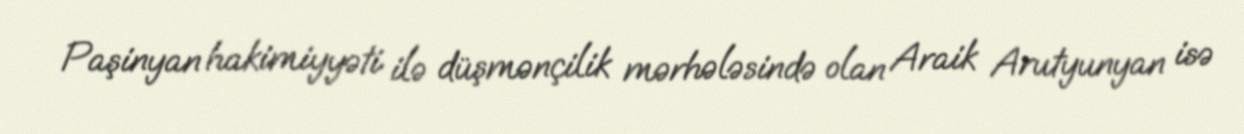
Paşinyan hakimiyyəti ilə düşmənçilik mərhələsində olan Araik Arutyunyan isə